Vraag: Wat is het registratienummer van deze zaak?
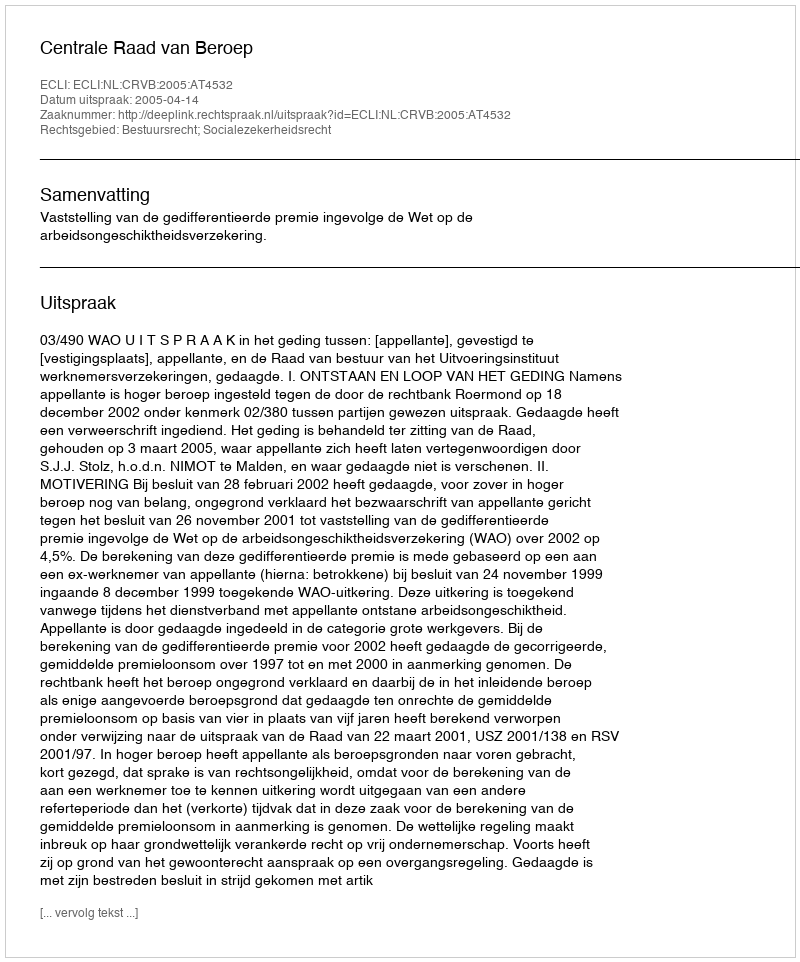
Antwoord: http://deeplink.rechtspraak.nl/uitspraak?id=ECLI:NL:CRVB:2005:AT4532